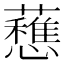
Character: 𧄄